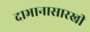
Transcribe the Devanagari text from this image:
दाभानासारखी